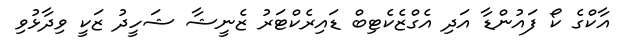
އާކްގެ ކޯ ފައުންޑާ އަދި އެގްޒެކެޓިބް ޑައިރެކްޓަރު ޒެނީޝާ ޝަހީދު ޒަކީ ވިދާޅުވި